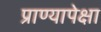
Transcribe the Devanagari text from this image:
प्राण्यापेक्षा